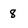
Character: 8